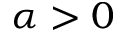
\alpha > 0